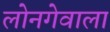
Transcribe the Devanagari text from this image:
लोनगेवाला